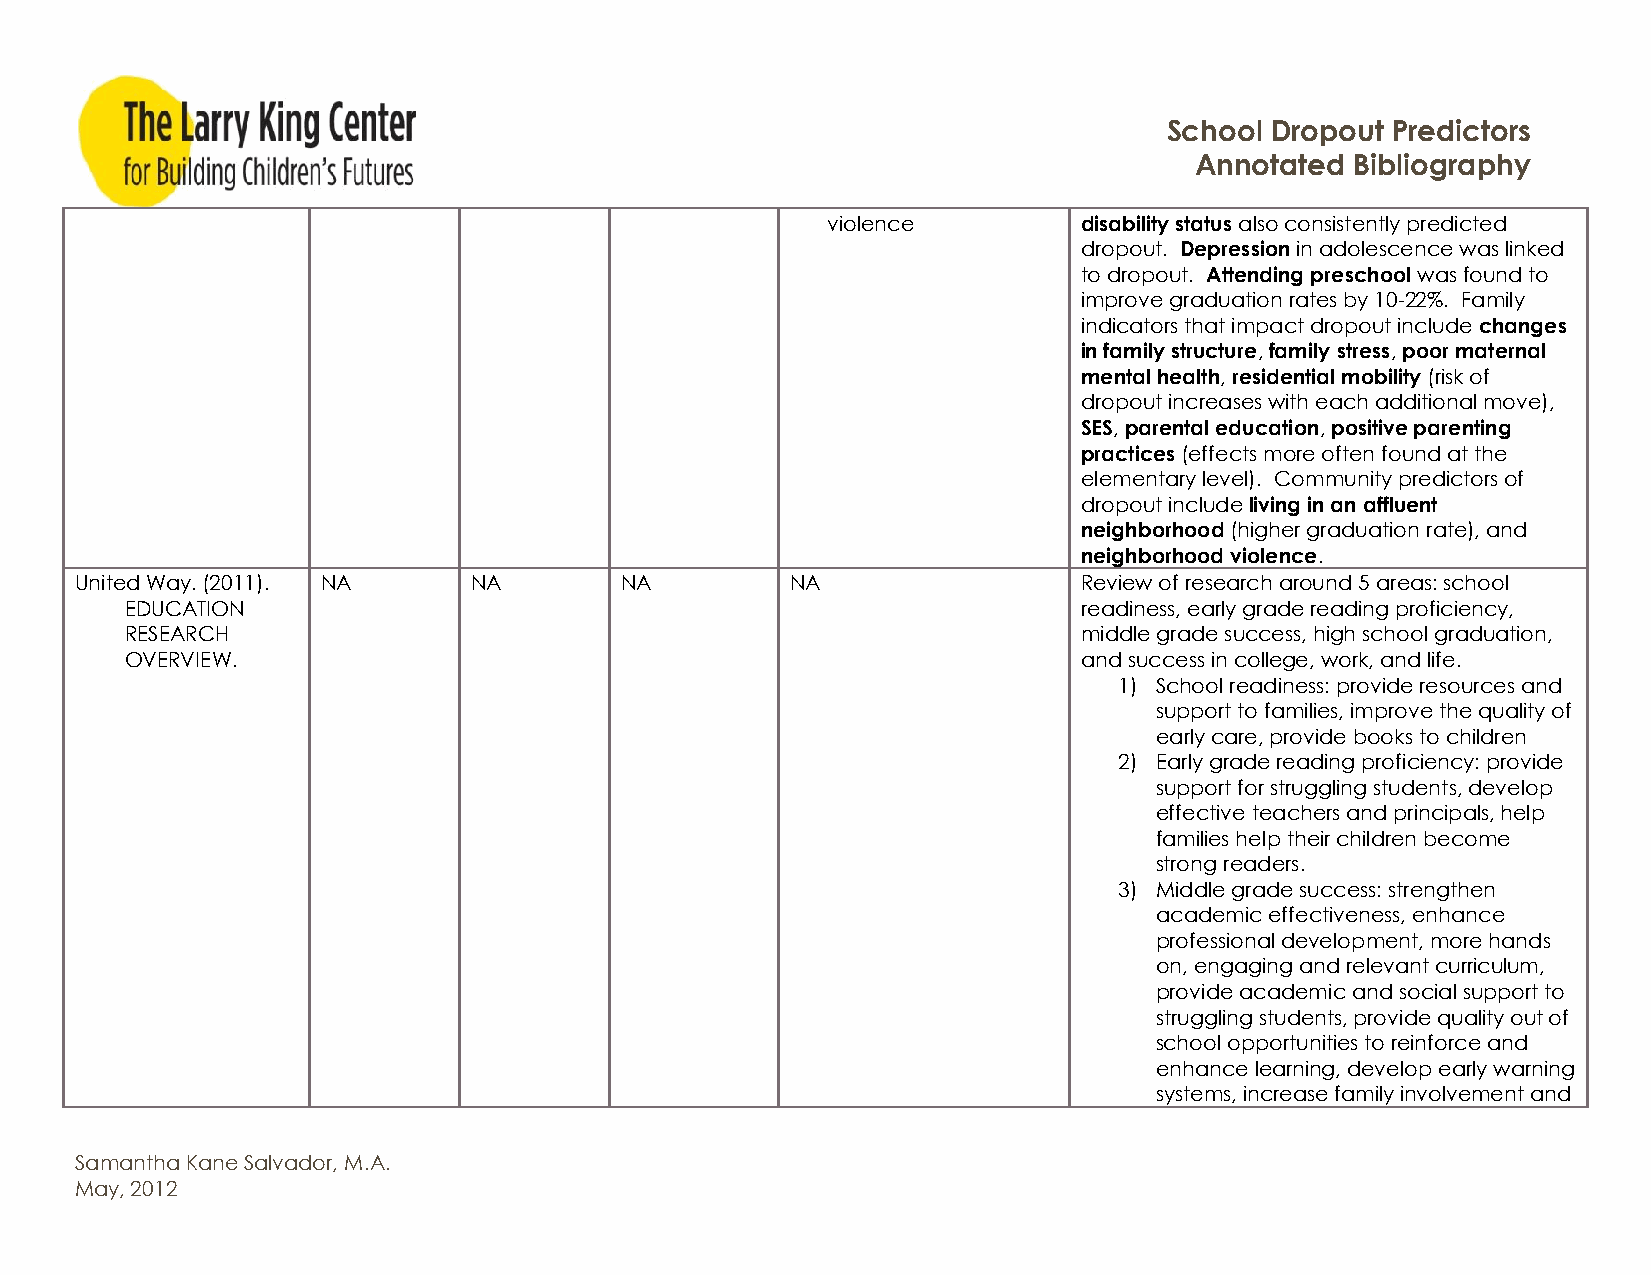
School Dropout Predictors
 Annotated  Bibliography
 violence         disability status also consistently predicted
 dropout. Depression in adolescence was linked
 to dropout. Attending preschool was found to
 improve graduation rates by 10-22%. Family
 indicators that impact dropout include changes
 in family structure, family stress, poor maternal
 mental health, residential mobility (risk of
 dropout increases with each additional move),
 SES, parental education, positive parenting
 practices (effects more often found at the
 elementary level). Community predictors of
 dropout include living in an affluent
 neighborhood (higher graduation rate), and
 neighborhood violence.
 United Way. (2011). NA    NA        NA         NA                  Review of research around 5 areas: school
 EDUCATION                                                       readiness, early grade reading proficiency,
 RESEARCH                                                        middle grade success, high school graduation,
 OVERVIEW.                                                       and success in college, work, and life.
 1) School readiness: provide resources and
 support to families, improve the quality of
 early care, provide books to children
 2) Early grade reading proficiency: provide
 support for struggling students, develop
 effective teachers and principals, help
 families help their children become
 strong readers.
 3) Middle grade success: strengthen
 academic effectiveness, enhance
 professional development, more hands
 on, engaging and relevant curriculum,
 provide academic and social support to
 struggling students, provide quality out of
 school opportunities to reinforce and
 enhance learning, develop early warning
 systems, increase family involvement and
 Samantha Kane Salvador, M.A.
 May, 2012